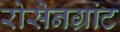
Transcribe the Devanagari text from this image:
रोसेनग्रांट